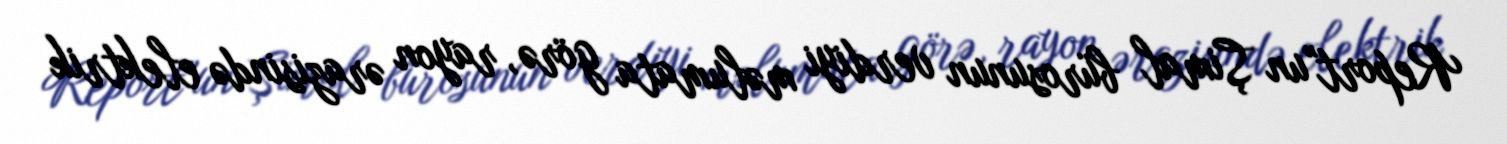
Report"un Şimal bürosunun verdiyi məlumata görə, rayon ərazisində elektrik